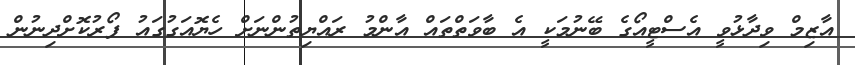
އާޒިމް ވިދާޅުވީ އެސްޓީއޯގެ ބޭނުމަކީ އެ ބާވަތްތައް އާންމު ރައްޔިތުންނަށް ހެޔޮއަގުގައު ފޯރުކޮށްދިނުން